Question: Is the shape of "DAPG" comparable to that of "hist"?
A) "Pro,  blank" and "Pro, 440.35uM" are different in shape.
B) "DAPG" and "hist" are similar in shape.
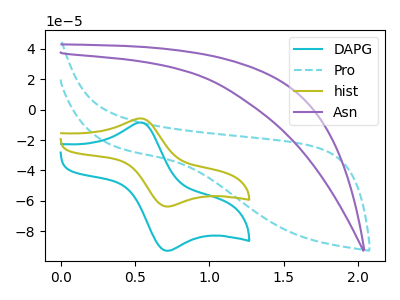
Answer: <think>The cyan curve "DAPG" has an anodic peak at (0.55V, -8.55uA) and a cathodic peak at (0.70V, -92.75uA). The cyan dashed curve "Pro" has no peaks. The olive curve "hist" has an anodic peak at (0.55V, -5.85uA) and a cathodic peak at (0.70V, -63.70uA). The purple curve "Asn" has no peaks.
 All the peaks in "DAPG" have a peak in "hist" at the same potential.</think>
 <answer>B) "DAPG" and "hist" are similar in shape.</answer>
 <eval>B</eval>